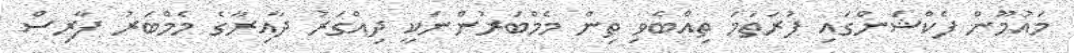
މައުމޫން ފެކްޝަންގައި ފުރަތަމަ ތިއްބެވި ތިން މެމްބަރުންނަކީ ދިއްގަރު ދާއިރާގެ މެމްބަރު ފާރިސް